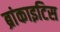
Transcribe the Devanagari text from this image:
ब्रांकाइटिस